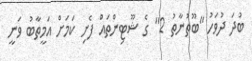
ބުދަ ދުވަހު "ބޫތުނާތު 2" ގެ ޝޫޓިންތައް ފެށި ކަމަށް އަމީތާބު ވަނީ